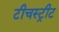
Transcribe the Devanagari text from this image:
टीचस्ट्रीट